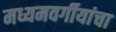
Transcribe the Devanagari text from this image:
मध्यमवर्गीयांचा